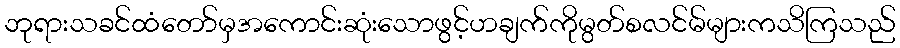
ဘုရားသခင်ထံတော်မှအကောင်းဆုံးသောဖွင့်ဟချက်ကိုမွတ်စလင်မ်များကသိကြသည်